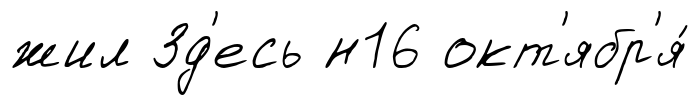
жил Зд'есь н16 окт'ябр'я́